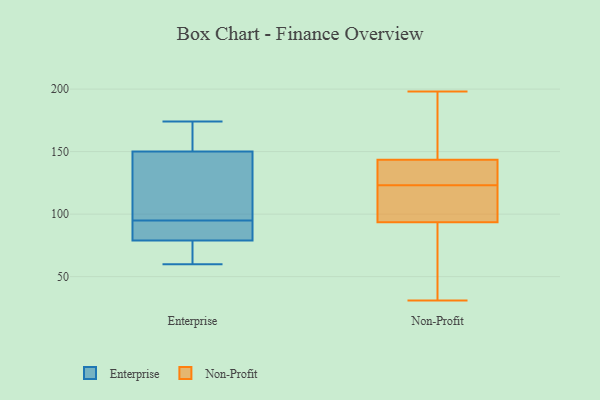
{"axis": {"x": "Production Output", "y": "Value"}, "legend": ["Enterprise", "Non-Profit"], "data": [{"x": "", "y": 79, "type": "Enterprise"}, {"x": "", "y": 165, "type": "Enterprise"}, {"x": "", "y": 150, "type": "Enterprise"}, {"x": "", "y": 105, "type": "Enterprise"}, {"x": "", "y": 83, "type": "Enterprise"}, {"x": "", "y": 129, "type": "Enterprise"}, {"x": "", "y": 174, "type": "Enterprise"}, {"x": "", "y": 85, "type": "Enterprise"}, {"x": "", "y": 60, "type": "Enterprise"}, {"x": "", "y": 61, "type": "Enterprise"}, {"x": "", "y": 66, "type": "Non-Profit"}, {"x": "", "y": 134, "type": "Non-Profit"}, {"x": "", "y": 87, "type": "Non-Profit"}, {"x": "", "y": 135, "type": "Non-Profit"}, {"x": "", "y": 152, "type": "Non-Profit"}, {"x": "", "y": 121, "type": "Non-Profit"}, {"x": "", "y": 125, "type": "Non-Profit"}, {"x": "", "y": 183, "type": "Non-Profit"}, {"x": "", "y": 31, "type": "Non-Profit"}, {"x": "", "y": 111, "type": "Non-Profit"}, {"x": "", "y": 100, "type": "Non-Profit"}, {"x": "", "y": 198, "type": "Non-Profit"}]}